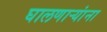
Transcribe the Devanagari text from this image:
घालणाऱ्यांना